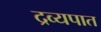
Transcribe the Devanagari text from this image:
द्रव्यपात